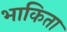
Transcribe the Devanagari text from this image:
भाकिता